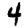
Digit: 4